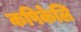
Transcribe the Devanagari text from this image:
कपिकेलि